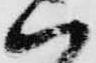
ハ